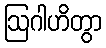
ဩဂါဟိတွာ